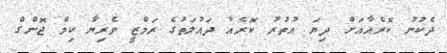
ދެކުނު ކޮރެއާއަށް ދިޔަ އުތުރު ކޮރެއާ ދައުލަތުގެ ރަމްޒީ ވެރިޔާ ކިމް ޖޮންގް